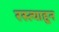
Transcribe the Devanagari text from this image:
रस्त्याहून